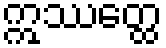
ဣဿတ္ထေ